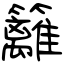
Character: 籬